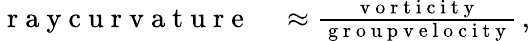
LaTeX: \begin{array}{rl}{\mathrm{~r~a~y~c~u~r~v~a~t~u~r~e~}}&{{}\approx\frac{\mathrm{~v~o~r~t~i~c~i~t~y~}}{\mathrm{~g~r~o~u~p~v~e~l~o~c~i~t~y~}}\, ,}\end{array}